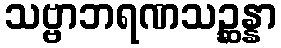
သဗ္ဗာဘရဏသဉ္ဆန္နာ